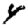
Digit: 4